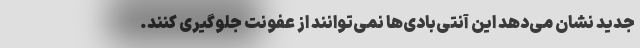
جدید نشان می‌دهد این آنتی‌بادی‌ها نمی‌توانند از عفونت جلوگیری کنند.